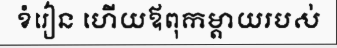
ខំរៀន ហើយឪពុកម្តាយរបស់